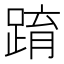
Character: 𨂔